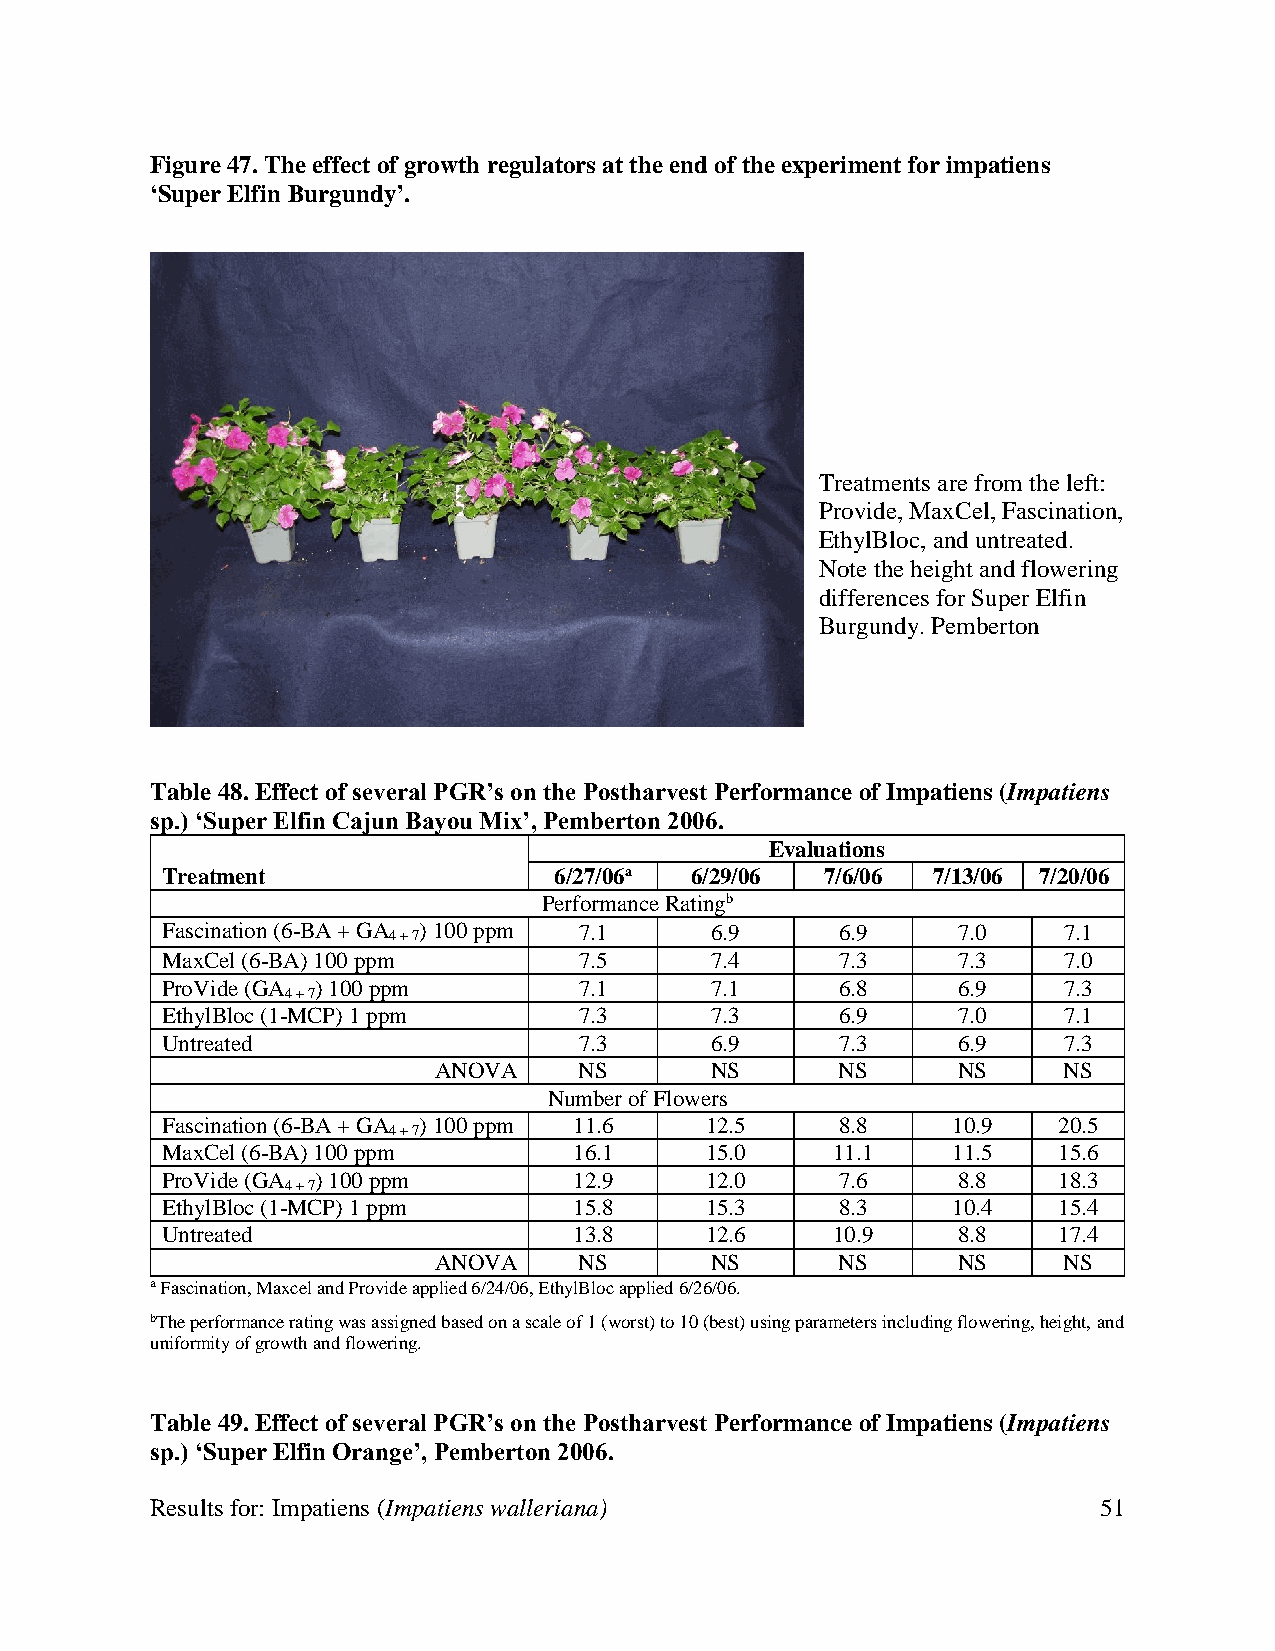
Figure 47. The effect of growth regulators at the end of the experiment for impatiens
 ‘Super Elfin Burgundy’.
 Treatments are from the left:
 Provide, MaxCel, Fascination,
 EthylBloc, and untreated.
 Note the height and flowering
 differences for Super Elfin
 Burgundy. Pemberton
 Table 48. Effect of several PGR’s on the Postharvest Performance of Impatiens (Impatiens
 sp.) ‘Super Elfin Cajun Bayou Mix’, Pemberton 2006.
 Evaluations
 Treatment                 6/27/06a 6/29/06  7/6/06 7/13/06 7/20/06
 Performance Ratingb
 Fascination (6-BA + GA ) 100 ppm 7.1 6.9     6.9    7.0    7.1
 4 + 7
 MaxCel (6-BA) 100 ppm      7.5      7.4      7.3    7.3    7.0
 ProVide (GA ) 100 ppm      7.1      7.1      6.8    6.9    7.3
 4 + 7
 EthylBloc (1-MCP) 1 ppm    7.3      7.3      6.9    7.0    7.1
 Untreated                  7.3      6.9      7.3    6.9    7.3
 ANOVA    NS       NS       NS     NS     NS
 Number of Flowers
 Fascination (6-BA + GA ) 100 ppm 11.6 12.5   8.8    10.9   20.5
 4 + 7
 MaxCel (6-BA) 100 ppm      16.1     15.0    11.1    11.5   15.6
 ProVide (GA ) 100 ppm      12.9     12.0     7.6    8.8    18.3
 4 + 7
 EthylBloc (1-MCP) 1 ppm    15.8     15.3     8.3    10.4   15.4
 Untreated                  13.8     12.6    10.9    8.8    17.4
 ANOVA    NS       NS       NS     NS     NS
 a Fascination, Maxcel and Provide applied 6/24/06, EthylBloc applied 6/26/06.
 bThe performance rating was assigned based on a scale of 1 (worst) to 10 (best) using parameters including flowering, height, and
 uniformity of growth and flowering.
 Table 49. Effect of several PGR’s on the Postharvest Performance of Impatiens (Impatiens
 sp.) ‘Super Elfin Orange’, Pemberton 2006.
 Results for: Impatiens (Impatiens walleriana)                  51